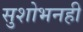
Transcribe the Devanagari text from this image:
सुशोभनही